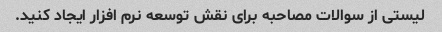
لیستی از سوالات مصاحبه برای نقش توسعه نرم افزار ایجاد کنید.